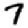
Digit: 7